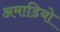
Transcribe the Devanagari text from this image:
अमाडियो